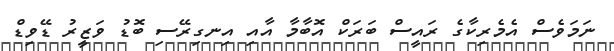
ނަމަވެސް އެމެރިކާގެ ރައީސް ބަރަކް އޮބާމާ އާއި އިނގިރޭސި ބޮޑު ވަޒީރު ޑޭވިޑް